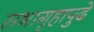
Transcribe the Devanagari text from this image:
सभागृहापुढे